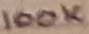
Text: 100K